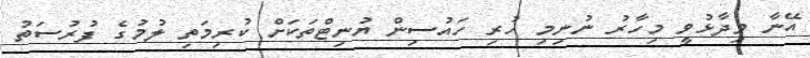
އޭނާ ވިދާޅުވީ މިހާރު ނުނިމި ހުރި ހައުސިން ޔުނިޓްތަކަށް ކުރިމަތި ލުމުގެ ފުރުސަތު